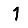
Digit: 1